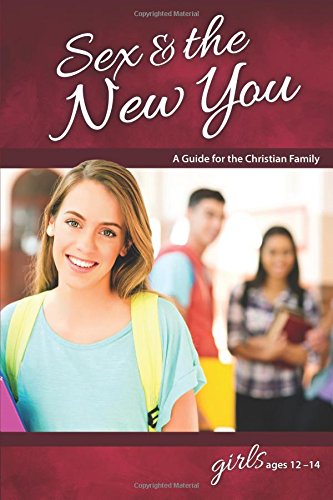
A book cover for Sex & the New You: For Girls Ages 12-14 - Learning About Sex; Rich Bilmer; Teen & Young Adult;